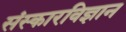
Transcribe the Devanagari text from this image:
संस्कारविज्ञान